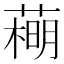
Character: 𦻽